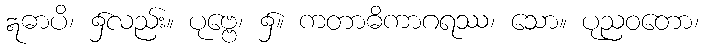
ဣဓာပိ၊ ၌လည်း။ ပုဗ္ဗေ၊ ၌။ ကတာဓိကာဂရဿ၊ သော။ ပုညဝတော၊